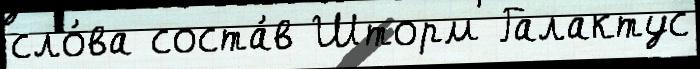
сло́ва соста́в Шторм Галактус